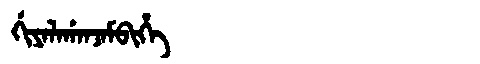
Manchu: ᡤᡳᠶᠠᠯᠠᡤᠠᠨᠵᠠᠮᠪᡳᡥᡝ
Romanization: GIYALAGANJAMBIHE